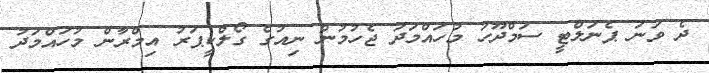
ދެ ވަނަ ޕެނަލްޓީ ސަމްދޫހު މުހައްމަދު ޖެހުމުން ނިއުގެ ގޯލްކީޕަރު އިމްރާން މުހައްމަދު